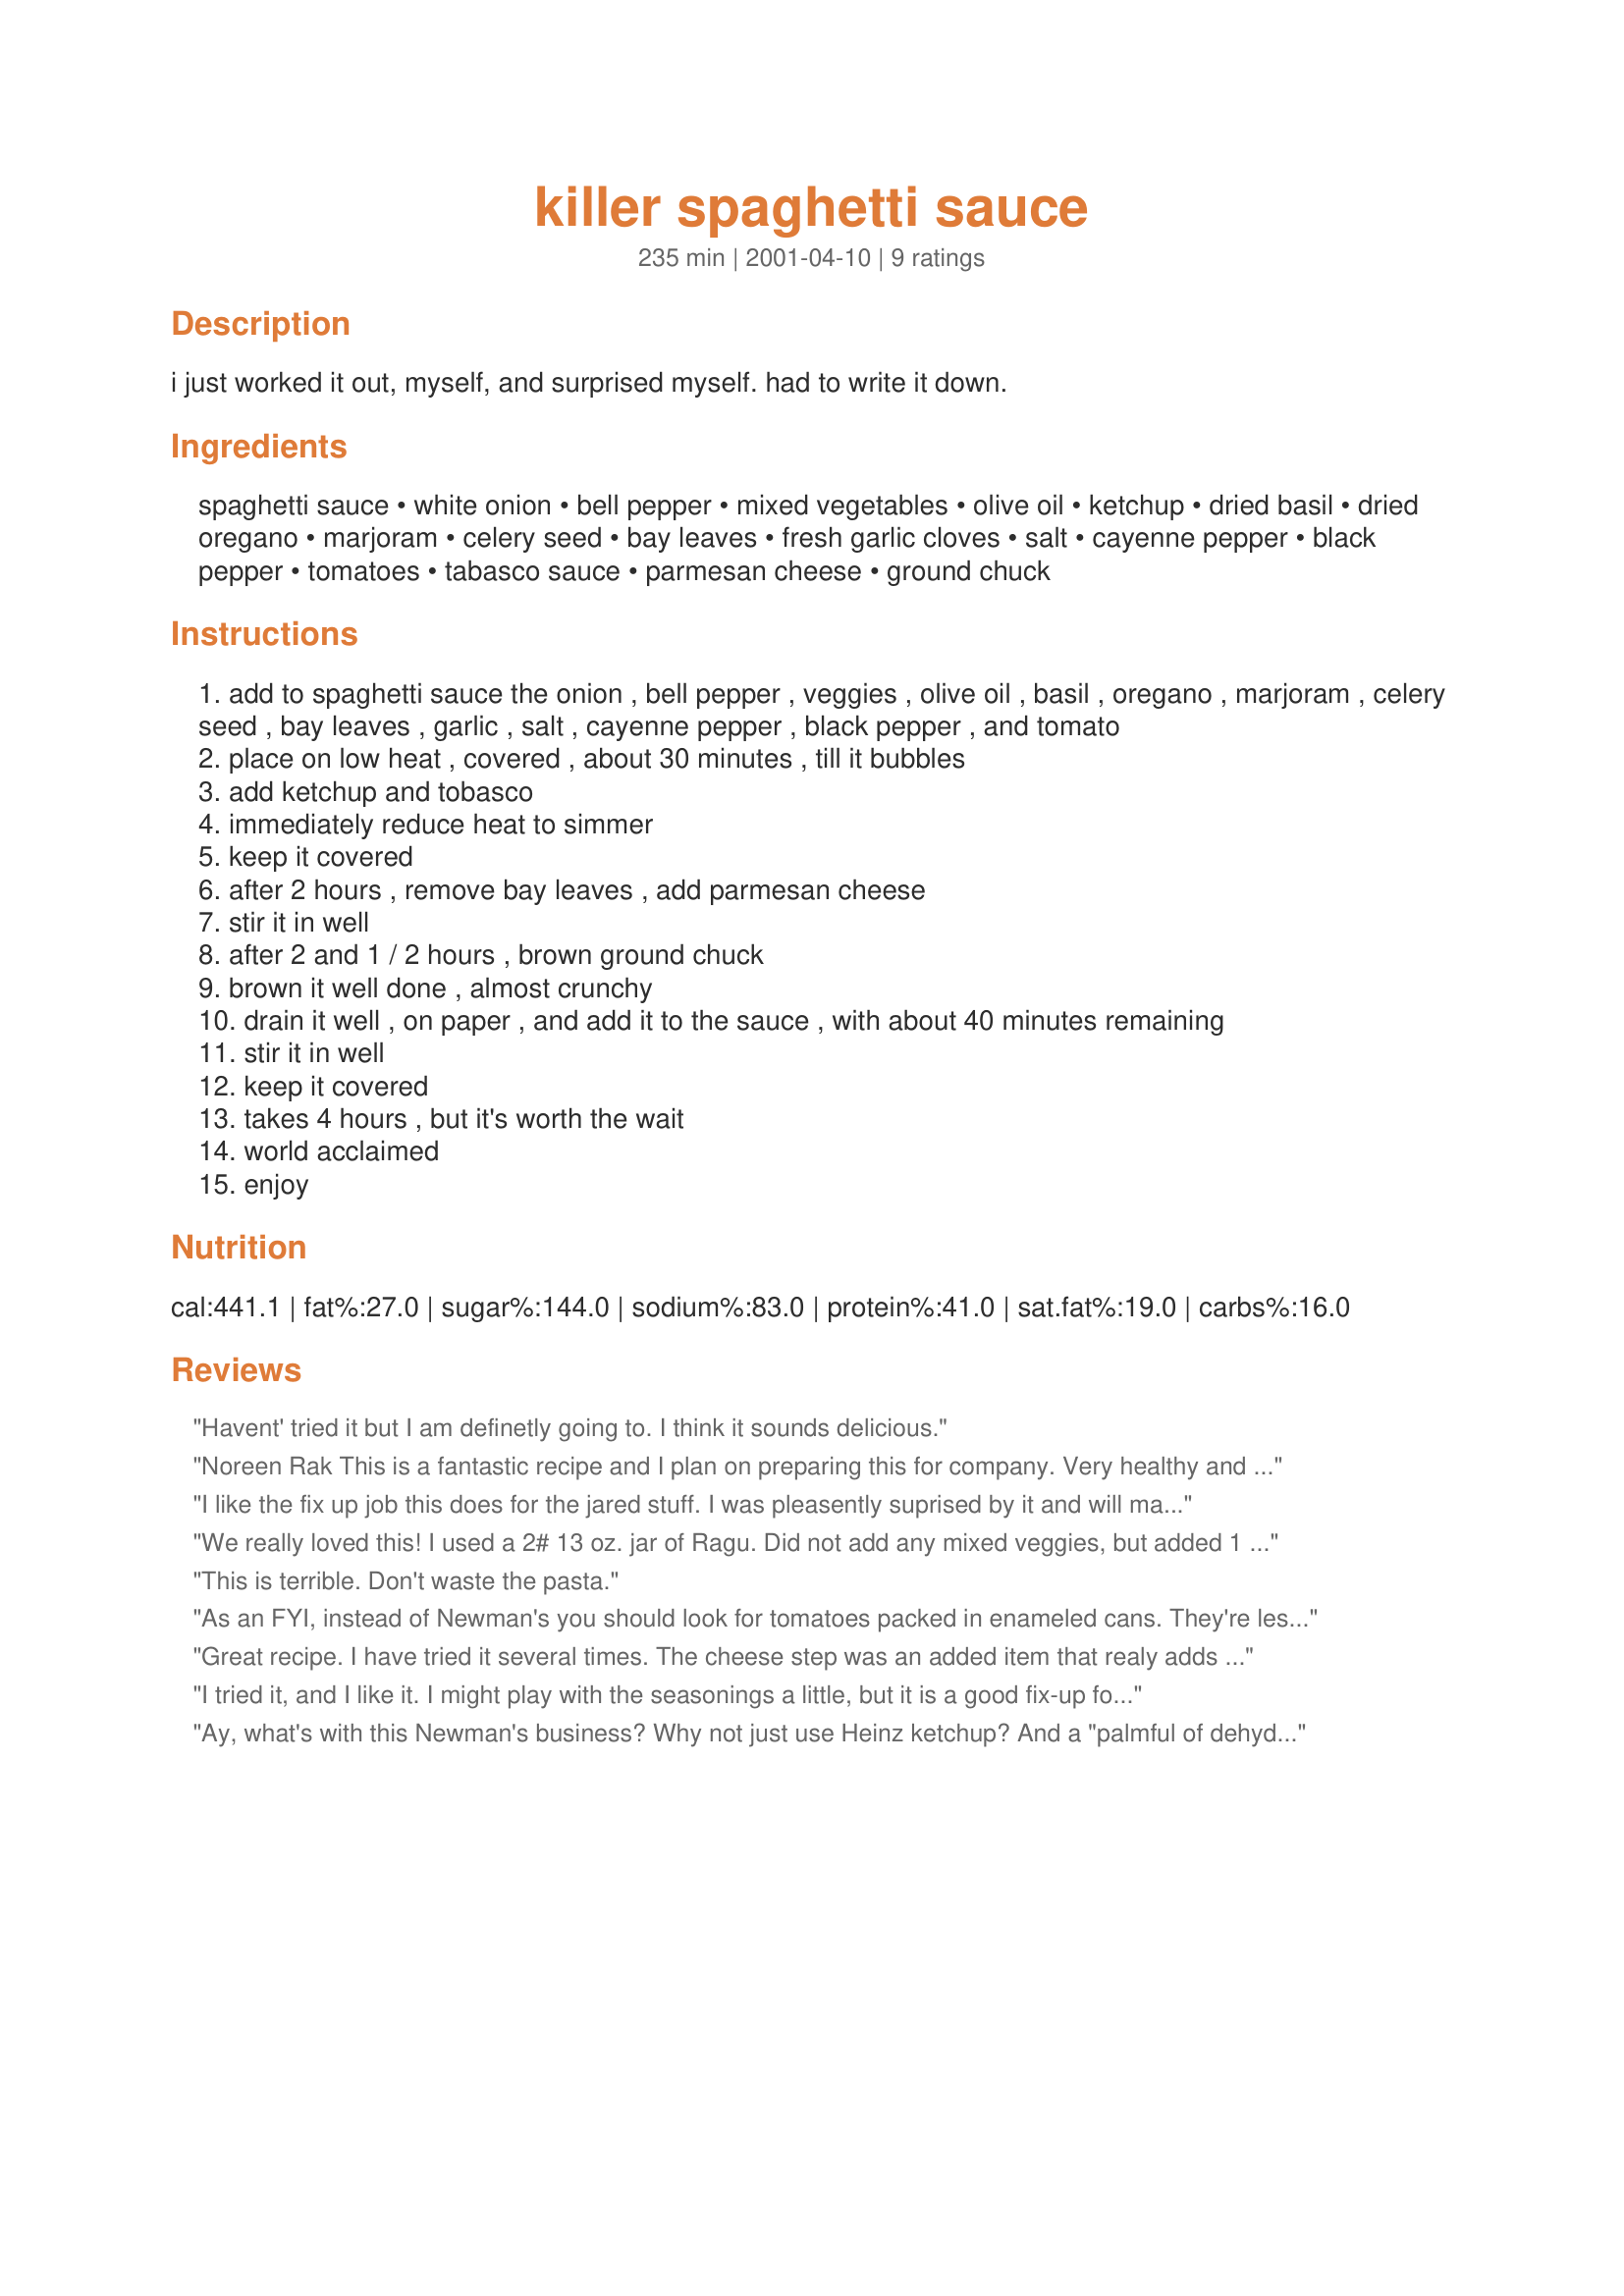
killer spaghetti sauce
Preparation time: 235 minutes

i just worked it out, myself, and surprised myself. had to write it down.

Ingredients:
spaghetti sauce, white onion, bell pepper, mixed vegetables, olive oil, ketchup, dried basil, dried oregano, marjoram, celery seed, bay leaves, fresh garlic cloves, salt, cayenne pepper, black pepper, tomatoes, tabasco sauce, parmesan cheese, ground chuck

Steps:
add to spaghetti sauce the onion , bell pepper , veggies , olive oil , basil , oregano , marjoram , celery seed , bay leaves , garlic , salt , cayenne pepper , black pepper , and tomato
place on low heat , covered , about 30 minutes , till it bubbles
add ketchup and tobasco
immediately reduce heat to simmer
keep it covered
after 2 hours , remove bay leaves , add parmesan cheese
stir it in well
after 2 and 1 / 2 hours , brown ground chuck
brown it well done , almost crunchy
drain it well , on paper , and add it to the sauce , with about 40 minutes remaining
stir it in well
keep it covered
takes 4 hours , but it's worth the wait
world acclaimed
enjoy

Reviews:
Havent' tried it but I am definetly going to. I think it sounds delicious.
Noreen Rak
This is a fantastic recipe and I plan on preparing this for company. Very healthy and appealing. Thank you!!
I like the fix up job this does for the jared stuff. I was pleasently suprised by it and will make it again. Thanks for sharing it!
We really loved this! I used a 2# 13 oz. jar of Ragu. Did not add any mixed veggies, but added 1 red sweet pepper, 1 T. celery flakes, 2 T. jarred garlic, 1 T. sugar, and added some dried onion flakes. Did not have a tomato either, but it was still SO good, and dh said not to lose this recipe!
This is terrible. Don't waste the pasta.
As an FYI, instead of Newman's you should look for tomatoes packed in enameled cans. They're less bitter, and have a fresher taste.

Can't rate the recipe because I haven't tried it, but marjoram and ketchup don't really fit my idea of spaghetti sauce.
Great recipe. I have tried it several times. The cheese step was an added item that realy adds tot he taste. I know the author and he has a whole prtfolio of great recipe that are simple and delicious....stay tune for future offerings.
I tried it, and I like it. I might play with the seasonings a little, but it is a good fix-up for a jarred sauce. Makes it taste homemade. Haven't y'all ever "fancied up" a can of pork & beans? C'mon now. This is a good recipe!
Ay, what's with this Newman's business? Why not just use Heinz ketchup? And a "palmful of dehydrated veggie flakes will do?" Heretic!
